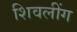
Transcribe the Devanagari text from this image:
शिवलींग